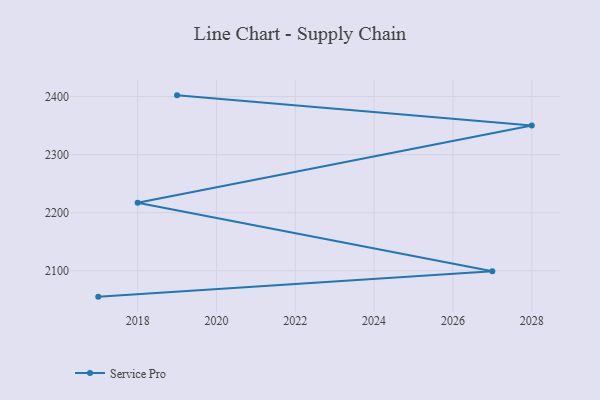
{"axis": {"x": "Year", "y": "Page Views"}, "legend": ["Service Pro"], "data": [{"x": "2019", "y": 2402.1, "type": "Service Pro"}, {"x": "2028", "y": 2350.2, "type": "Service Pro"}, {"x": "2018", "y": 2217.0, "type": "Service Pro"}, {"x": "2027", "y": 2098.9, "type": "Service Pro"}, {"x": "2017", "y": 2055.3, "type": "Service Pro"}]}